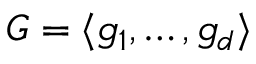
G = \langle g _ { 1 } , \ldots , g _ { d } \rangle